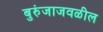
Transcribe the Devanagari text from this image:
बुरुंजाजवळील